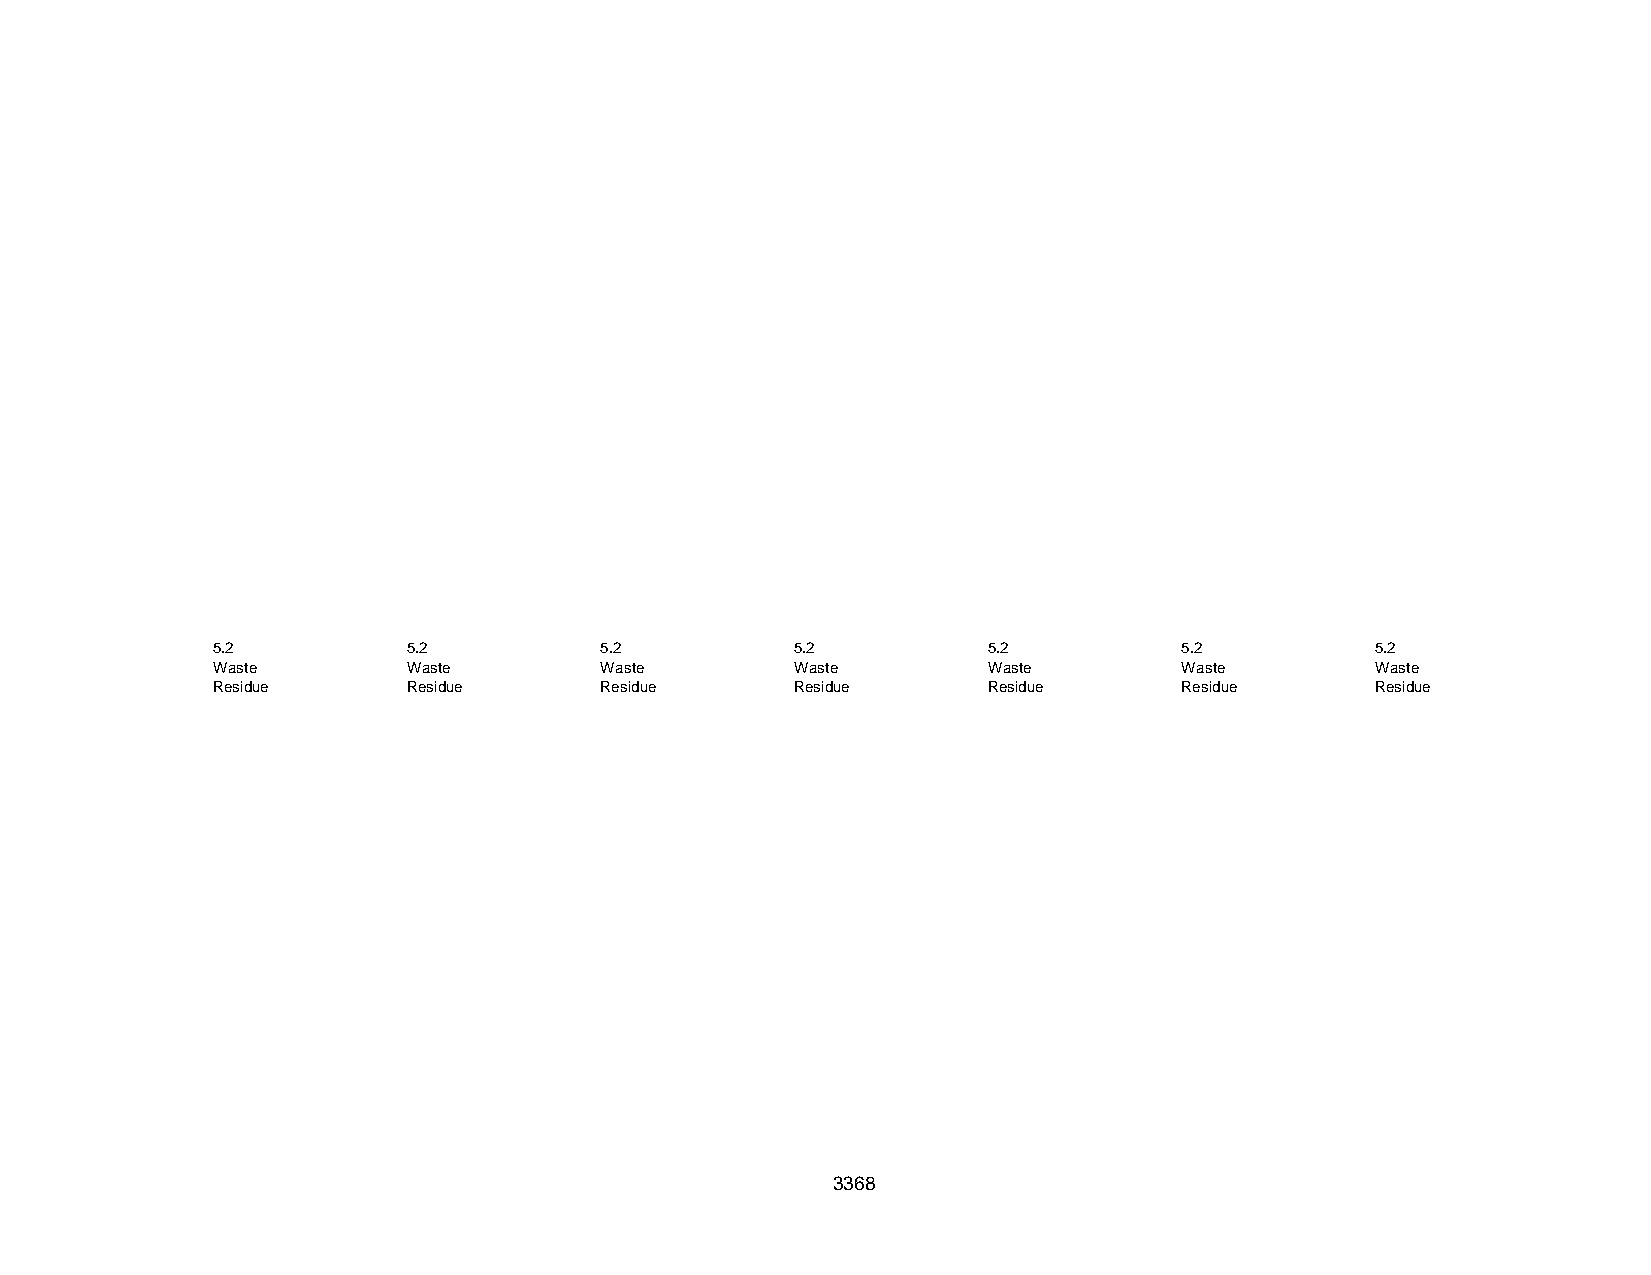
5.2          5.2          5.2          5.2         5.2          5.2          5.2
 Waste        Waste        Waste        Waste       Waste        Waste        Waste
 Residue      Residue      Residue      Residue     Residue      Residue      Residue
 3368